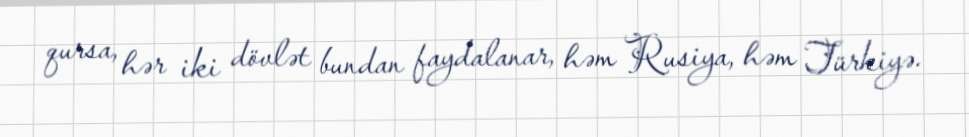
qursa, hər iki dövlət bundan faydalanar, həm Rusiya, həm Türkiyə.